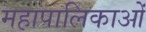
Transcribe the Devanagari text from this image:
महापालिकाओं